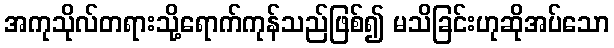
အကုသိုလ်တရားသို့ရောက်ကုန်သည်ဖြစ်၍ မသိခြင်းဟုဆိုအပ်သော